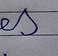
Signature authenticity: forged